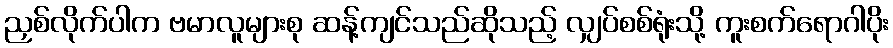
ညှစ်လိုက်ပါက ဗမာလူများစု ဆန့်ကျင်သည်ဆိုသည့် လျှပ်စစ်ရုံးသို့ ကူးစက်ရောဂါပိုး